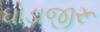
ઘોડાજીરૂ